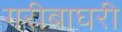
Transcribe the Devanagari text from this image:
गरीबाघरी